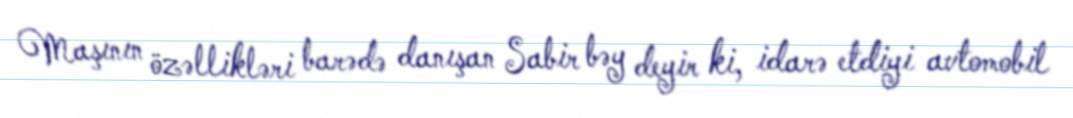
Maşının özəllikləri barədə danışan Sabir bəy deyir ki, idarə etdiyi avtomobil